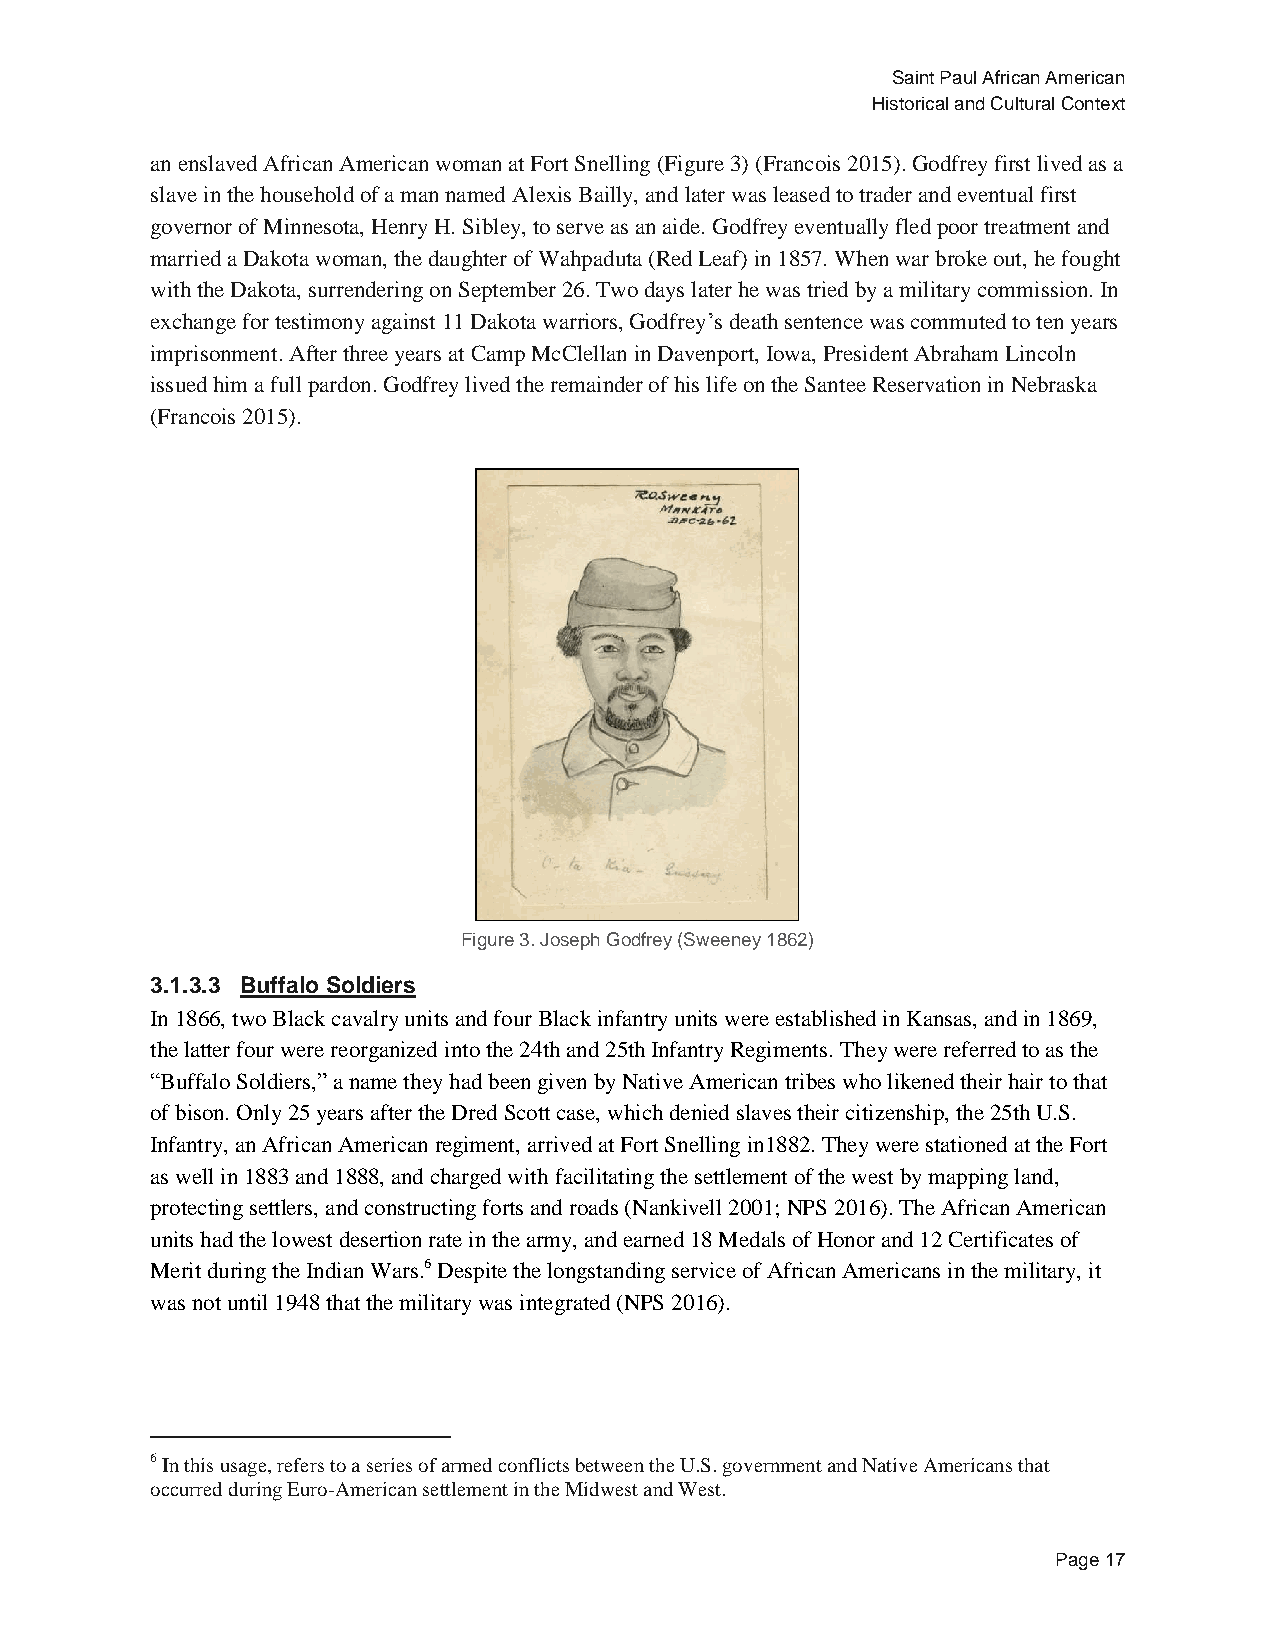
Saint Paul African American
 Historical and Cultural Context
 an enslaved African American woman at Fort Snelling (Figure 3) (Francois 2015). Godfrey first lived as a
 slave in the household of a man named Alexis Bailly, and later was leased to trader and eventual first
 governor of Minnesota, Henry H. Sibley, to serve as an aide. Godfrey eventually fled poor treatment and
 married a Dakota woman, the daughter of Wahpaduta (Red Leaf) in 1857. When war broke out, he fought
 with the Dakota, surrendering on September 26. Two days later he was tried by a military commission. In
 exchange for testimony against 11 Dakota warriors, Godfrey’s death sentence was commuted to ten years
 imprisonment. After three years at Camp McClellan in Davenport, Iowa, President Abraham Lincoln
 issued him a full pardon. Godfrey lived the remainder of his life on the Santee Reservation in Nebraska
 (Francois 2015).
 Figure 3. Joseph Godfrey (Sweeney 1862)
 3.1.3.3 Buffalo Soldiers
 In 1866, two Black cavalry units and four Black infantry units were established in Kansas, and in 1869,
 the latter four were reorganized into the 24th and 25th Infantry Regiments. They were referred to as the
 “Buffalo Soldiers,” a name they had been given by Native American tribes who likened their hair to that
 of bison. Only 25 years after the Dred Scott case, which denied slaves their citizenship, the 25th U.S.
 Infantry, an African American regiment, arrived at Fort Snelling in1882. They were stationed at the Fort
 as well in 1883 and 1888, and charged with facilitating the settlement of the west by mapping land,
 protecting settlers, and constructing forts and roads (Nankivell 2001; NPS 2016). The African American
 units had the lowest desertion rate in the army, and earned 18 Medals of Honor and 12 Certificates of
 Merit during the Indian Wars.6 Despite the longstanding service of African Americans in the military, it
 was not until 1948 that the military was integrated (NPS 2016).
 6 In this usage, refers to a series of armed conflicts between the U.S. government and Native Americans that
 occurred during Euro-American settlement in the Midwest and West.
 Page 17